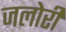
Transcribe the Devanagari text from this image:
जलोरी